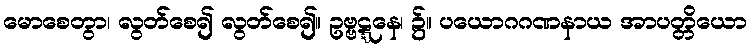
မောစေတွာ၊ လွတ်စေ၍ လွတ်စေ၍။ ဥဗ္ဗဋ္ဋနေ၊ ၌။ ပယောဂဂဏနာယ အာပတ္တိယော